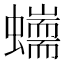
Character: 𧔇